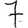
Digit: 7